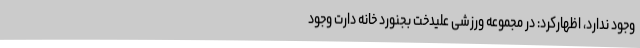
وجود ندارد، اظهارکرد: در مجموعه ورزشی علیدخت بجنورد خانه دارت وجود